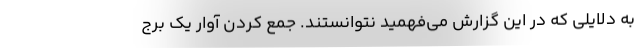
به دلایلی که در این گزارش می‌فهمید نتوانستند. جمع کردن آوار یک برج